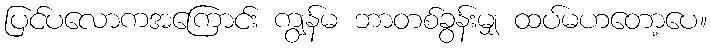
ပြင်ပလောကအကြောင်း ကျွန်မ ဘာတစ်ခွန်းမျှ ထပ်မဟတော့ပေ။